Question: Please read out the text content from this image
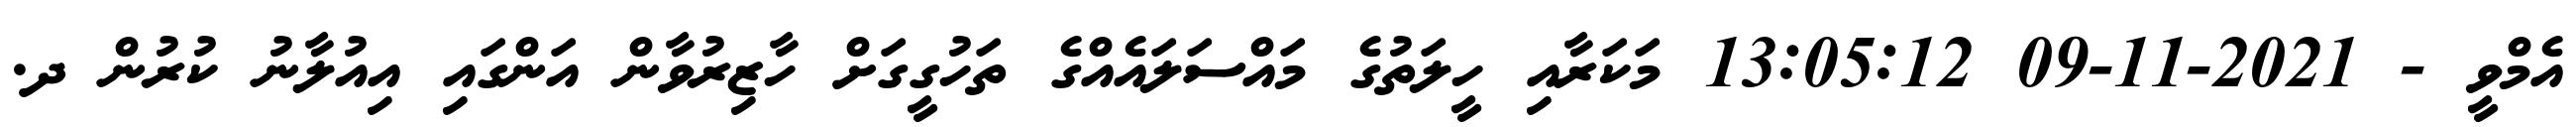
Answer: އެމްވީ - 2021-11-09 13:05:12 މަކަރާއި ހީލަތުގެ މައްސަލައެއްގެ ތަހުގީގަށް ހާޒިރުވާން އަންގައި އިއުލާނު ކުރުން ދ.